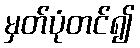
မှတ်ပုံတင်၍